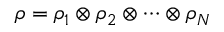
\rho = \rho _ { 1 } \otimes \rho _ { 2 } \otimes \cdots \otimes \rho _ { N }